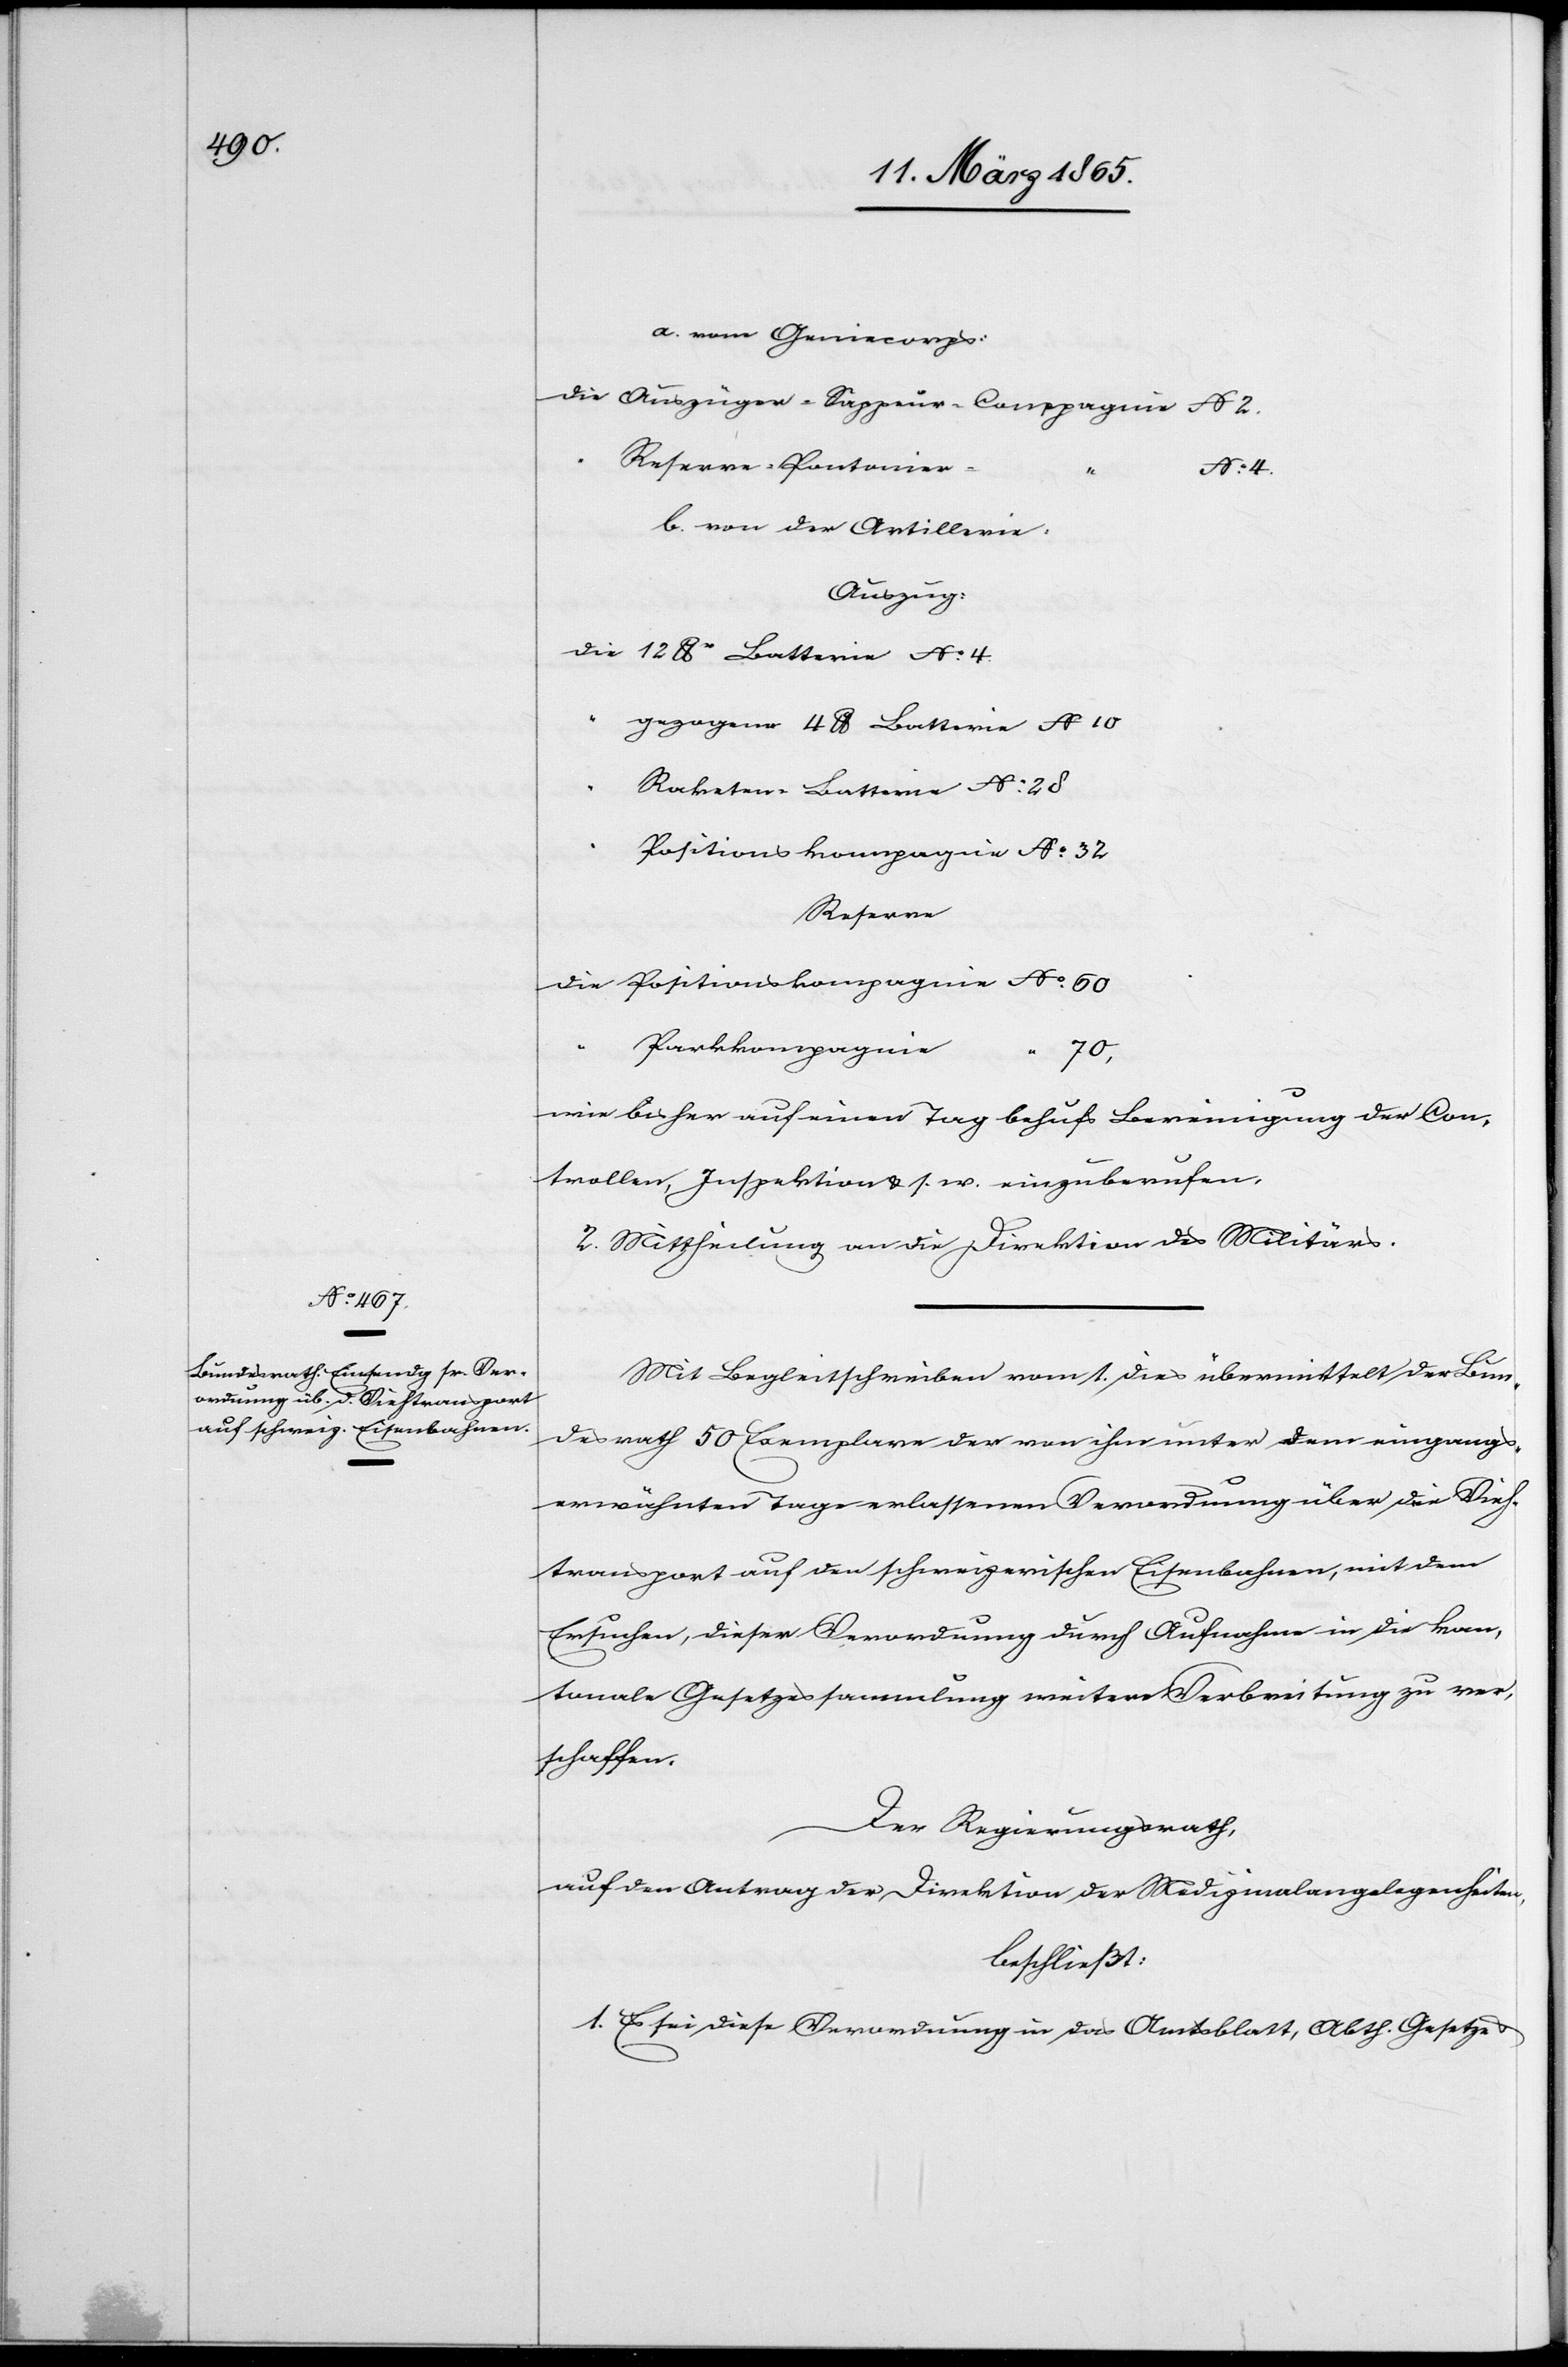
a. vom Geniecorps:
Die Auszüger-Sappeur-Compagnie No 2.
Reserve-Pontonier-
“
No 4.
b. von der Artillerie.
Auszug:
Die 12 lbr Batterie No 4.
gezogene 4 lb Batterie No 10
Raketen-Batterie No 28
Positionskompagnie No 32
Reserve
Die Positionskompagnie No 60
“
Parkkompagnie
70,
wie bisher auf einen Tag behufs Bereinigung der Con¬
trollen, Inspektion & s. w. einzuberufen.
2. Mittheilung an die Direktion des Militärs.
Mit Begleitschreiben vom 1. dies übermittelt der Bun¬
desrath 50 Exemplare der von ihm unter dem eingangs¬
erwähnten Tage erlassenen Verordnung über die Vieh¬
transport auf den schweizerischen Eisenbahnen, mit dem
Ersuchen, dieser Verordnung durch Aufnahme in die kan¬
tonale Gesetzessammlung weitere Verbreitung zu ver¬
schaffen.
Der Regierungsrath,
auf den Antrag der Direktion der Medizinalangelegenheiten,
beschließt:
1. Es sei diese Verordnung in das Amtsblatt, Abth. Gesetze